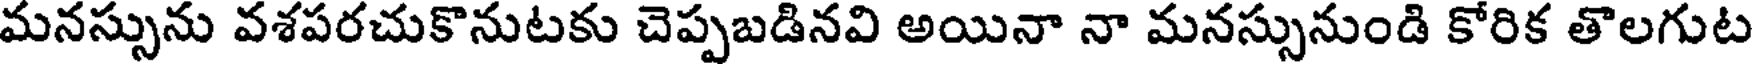
మనస్సును వశపరచుకొనుటకు చెప్పబడినవి అయినా నా మనస్సునుండి కోరిక తొలగుట